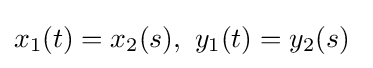
x_{1}(t)=x_{2}(s),\ y_{1}(t)=y_{2}(s)\